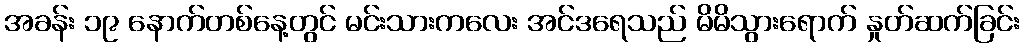
အခန်း ၁၉ နောက်တစ်နေ့တွင် မင်းသားကလေး အင်ဒရေသည် မိမိသွားရောက် နှုတ်ဆက်ခြင်း